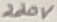
Text: 220V